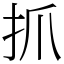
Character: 抓